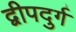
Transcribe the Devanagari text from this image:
द्वीपदुर्ग